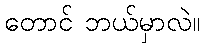
တောင် ဘယ်မှာလဲ။